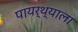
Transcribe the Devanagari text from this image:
पायर्थ्याला